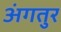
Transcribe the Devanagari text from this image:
अंगतुर